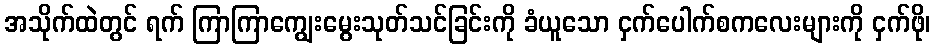
အသိုက်ထဲတွင် ရက် ကြာကြာကျွေးမွေးသုတ်သင်ခြင်းကို ခံယူသော ငှက်ပေါက်စကလေးများကို ငှက်ဖို၊